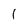
Character: 1